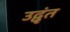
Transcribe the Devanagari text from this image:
उद्वृंत